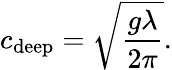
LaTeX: c_{\mathrm{deep}}={\sqrt{\frac{g\lambda}{2\pi}}}.